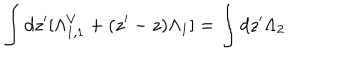
\int d z ^ { \prime } [ \Lambda _ { 1 , 1 } ^ { V } + ( z ^ { \prime } - z ) \Lambda _ { 1 } ] = \int d z ^ { \prime } \Lambda _ { 2 }